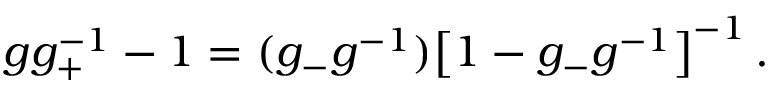
g g _ { + } ^ { - 1 } - 1 = ( g _ { - } g ^ { - 1 } ) \bigl [ 1 - g _ { - } g ^ { - 1 } \bigr ] ^ { - 1 } \, .